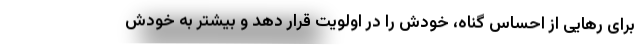
برای رهایی از احساس گناه، خودش را در اولویت قرار دهد و بیشتر به خودش